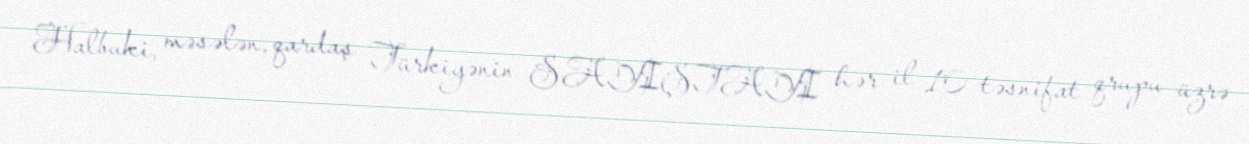
Halbuki, məsələn, qardaş Türkiyənin SAYIŞTAYI hər il 10 təsnifat qrupu üzrə